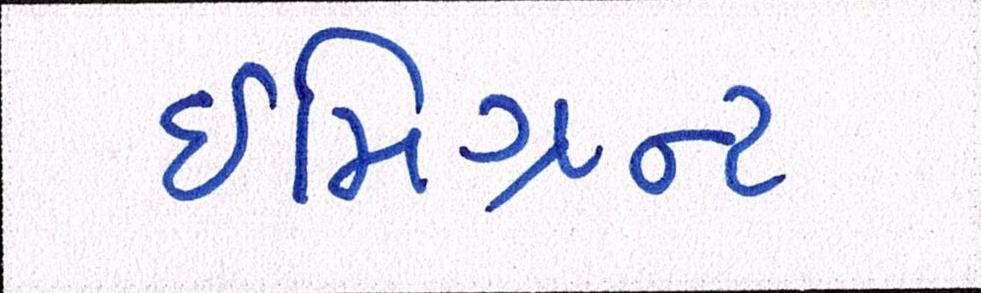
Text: ઈમિગ્રન્ટ